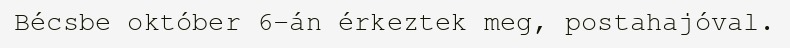
Bécsbe október 6-án érkeztek meg, postahajóval.